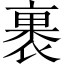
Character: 裹